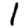
Digit: 1